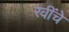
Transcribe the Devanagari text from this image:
रवींचे